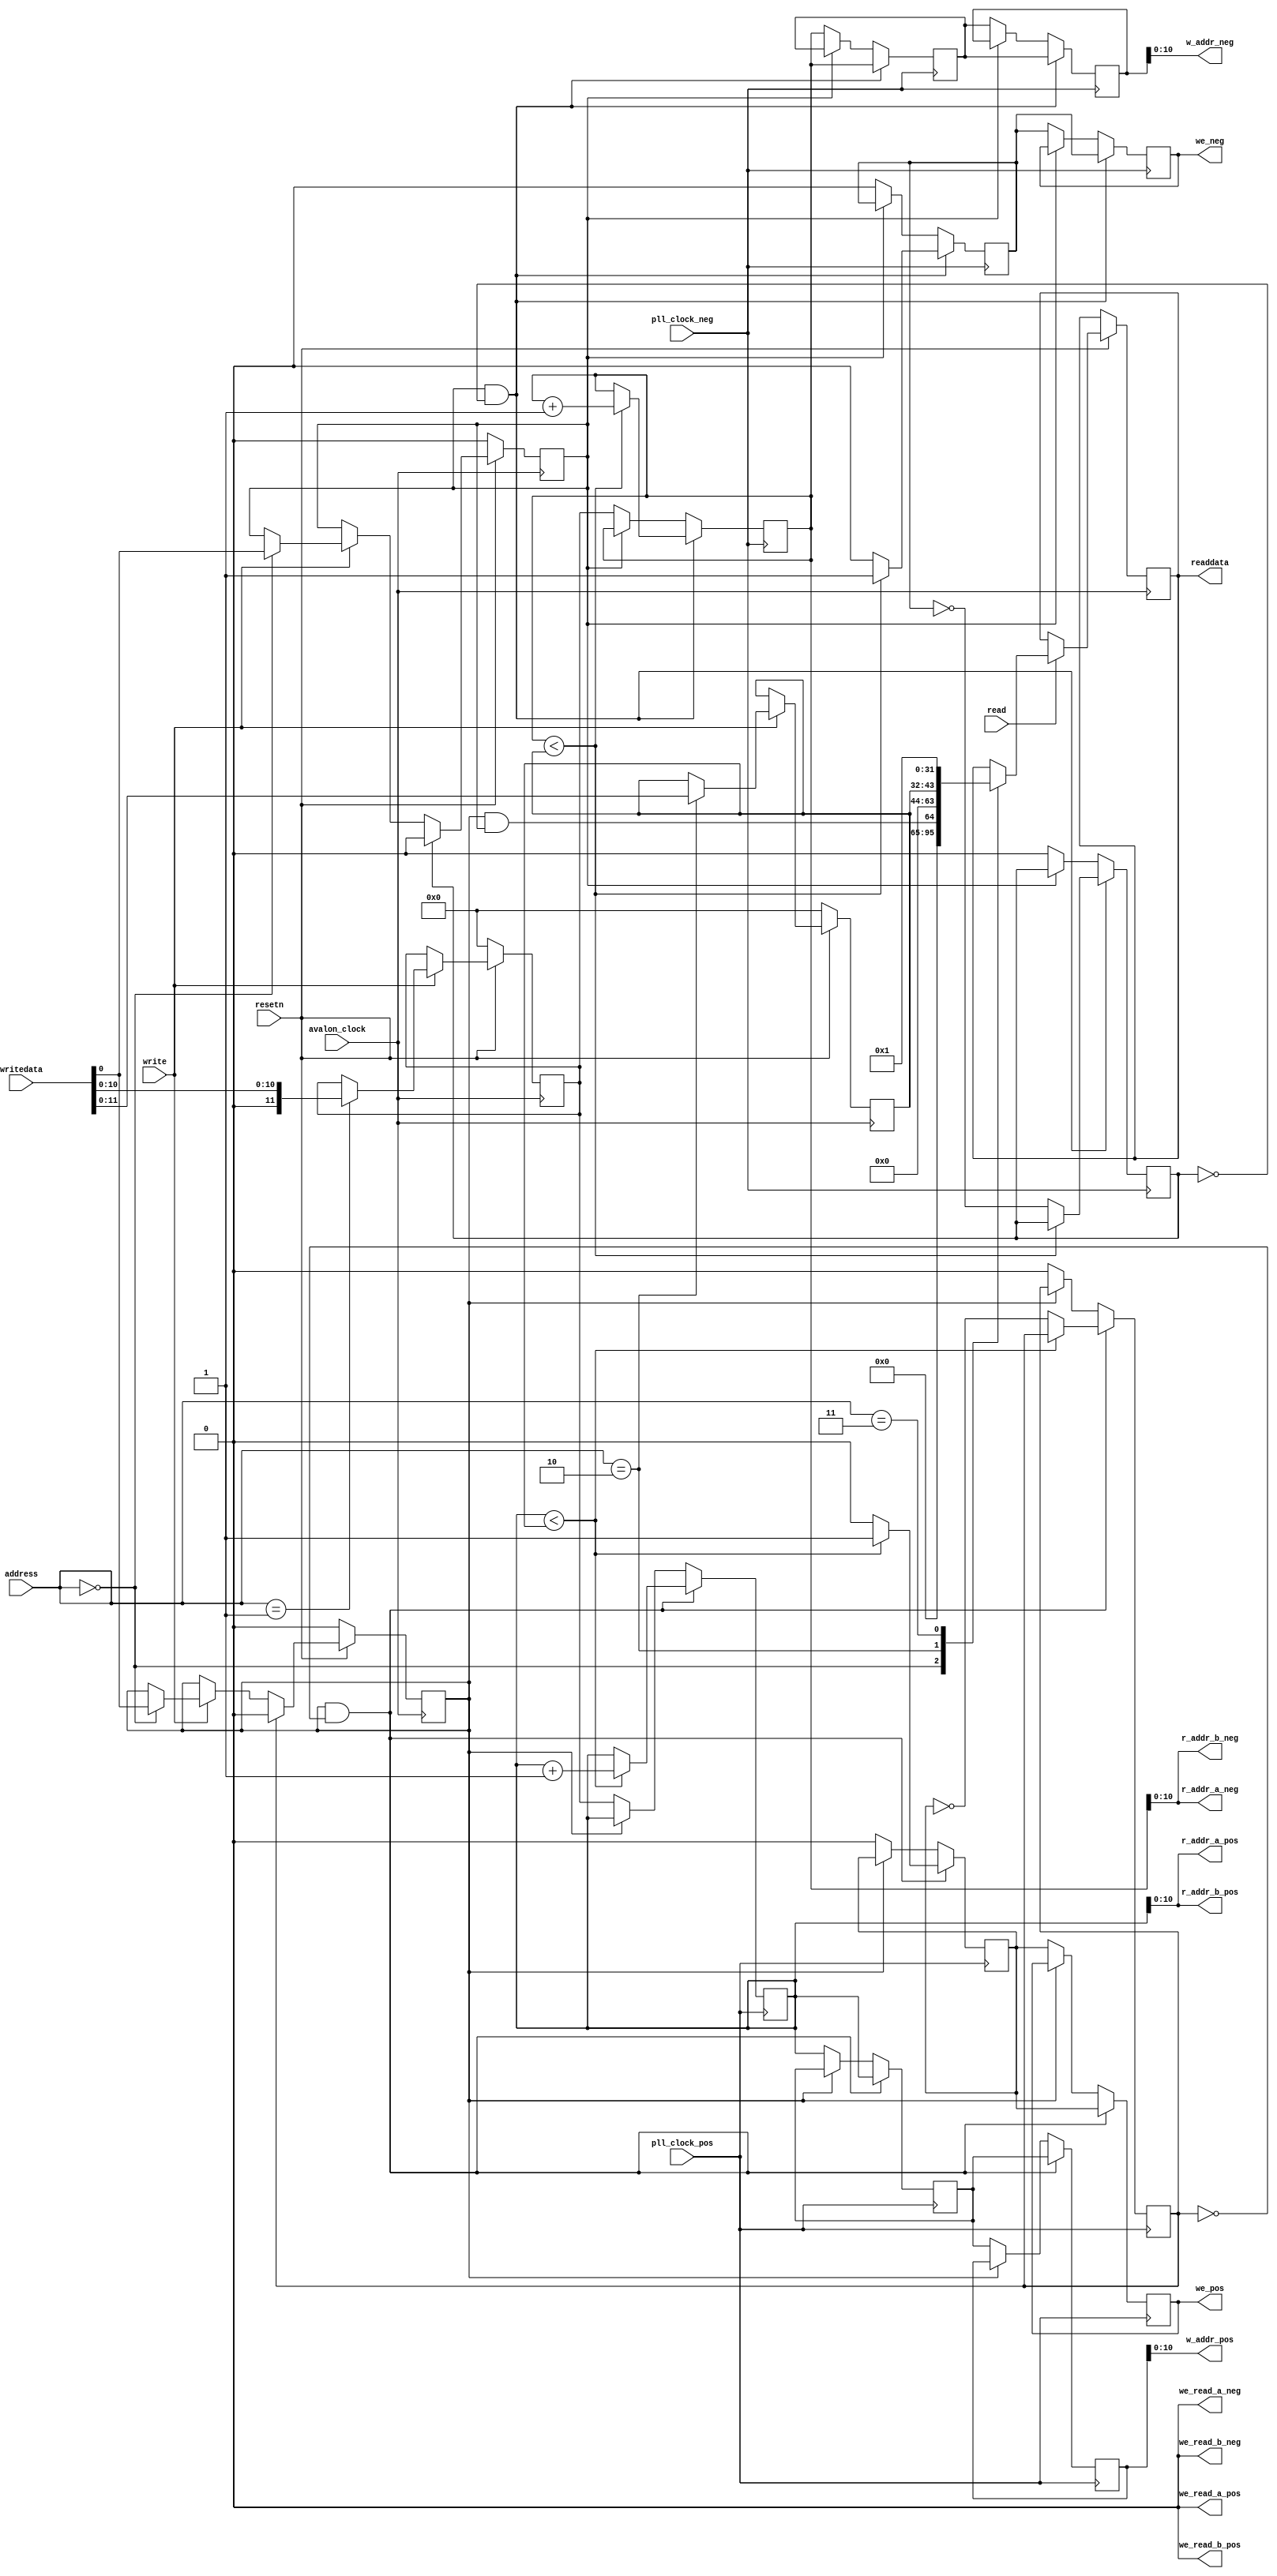
module testControlUnit (avalon_clock, pll_clock_pos, pll_clock_neg, resetn, writedata, readdata, write, read, address,
	r_addr_a_pos, r_addr_a_neg, r_addr_b_pos, r_addr_b_neg, w_addr_pos, w_addr_neg, we_pos, we_neg, we_read_a_pos, we_read_a_neg,
	we_read_b_pos, we_read_b_neg
	);

parameter ID = 1;
// signals for connecting to the Avalon fabric 
input avalon_clock, pll_clock_pos, pll_clock_neg, resetn, read, write;
input [2:0] address;
input [31:0] writedata;
output we_pos, we_neg, we_read_a_pos, we_read_a_neg, we_read_b_pos, we_read_b_neg;
output [10:0] r_addr_a_pos, r_addr_a_neg, r_addr_b_pos, r_addr_b_neg, w_addr_pos, w_addr_neg;
output [31:0] readdata;

reg [31:0] readdata;
reg [11:0] r_addr_pos_cnt, r_addr_neg_cnt, w_addr_pos_cnt, w_addr_neg_cnt, num, set_addr;
(* preserve="true" *) reg [11:0] w_addr_pos_delay, w_addr_neg_delay;
reg go_pos, go_neg, we_pos, we_neg, done_pos, done_neg;
(* preserve="true" *) reg we_pos_delay, we_neg_delay;
 

assign r_addr_a_pos = r_addr_pos_cnt[10:0];
assign r_addr_a_neg = r_addr_neg_cnt[10:0];
assign r_addr_b_pos = r_addr_a_pos;
assign r_addr_b_neg = r_addr_a_neg;

assign w_addr_pos = w_addr_pos_cnt[10:0];
assign w_addr_neg = w_addr_neg_cnt[10:0];

assign we_read_a_pos = 1'b0;
assign we_read_a_neg = 1'b0;
assign we_read_b_pos = we_read_a_pos;
assign we_read_b_neg = we_read_a_neg; 



always@(posedge avalon_clock) begin
	if(!resetn) begin
		go_pos <= 1'b0;
		go_neg <= 1'b0;
		set_addr <= 12'b0;
		num <= 12'b0;
	end
	else begin
		if(write) begin
			case(address)
				3'b000: begin
					go_pos <= writedata[0];
					go_neg <= writedata[0];
				end
				3'b001: begin
					set_addr <= {1'b0, writedata[10:0]};
				end
				3'b010: begin
					num <= writedata[11:0];
				end
				default: ;
			endcase
		end
		if(read) begin
			case(address)
				3'b000: readdata <= (go_pos & go_neg);
				3'b010: readdata <= num;
				3'b011: readdata <= ID;
				default: ;
			endcase
		end
		if(done_pos) go_pos <= 1'b0;
		if(done_neg) go_neg <= 1'b0;
	end
end

always@(posedge pll_clock_pos) begin
	if(go_pos && !done_pos) begin
		if(r_addr_pos_cnt<num) begin
			we_pos_delay <= 1'b1;
			we_pos <= we_pos_delay;

			r_addr_pos_cnt <= r_addr_pos_cnt+12'b1;
			w_addr_pos_delay <= r_addr_pos_cnt;
			w_addr_pos_cnt <= w_addr_pos_delay;
		end
		else begin
			we_pos_delay <= 1'b0;
			we_pos <= we_pos_delay;

			w_addr_pos_delay <= r_addr_pos_cnt;
			w_addr_pos_cnt <= w_addr_pos_delay;

			done_pos <= ~we_pos_delay;
		end
	end
	else if(!go_pos) begin
		we_pos_delay <= 1'b0;
		we_pos <= we_pos_delay;

		r_addr_pos_cnt <= set_addr;
		w_addr_pos_delay <= r_addr_pos_cnt;

		w_addr_pos_cnt <= w_addr_pos_delay;
		done_pos <= 1'b0;
	end
end

always@(posedge pll_clock_neg) begin
	if(go_neg && !done_neg) begin
		if(r_addr_neg_cnt<num) begin
			we_neg_delay <= 1'b1;
			we_neg <= we_neg_delay;

			r_addr_neg_cnt <= r_addr_neg_cnt+12'b1;
			w_addr_neg_delay <= r_addr_neg_cnt;
			w_addr_neg_cnt <= w_addr_neg_delay;
		end
		else begin
			we_neg_delay <= 1'b0;
			we_neg <= we_neg_delay;

			w_addr_neg_delay <= r_addr_neg_cnt;
			w_addr_neg_cnt <= w_addr_neg_delay;

			done_neg <= ~we_neg_delay;
		end
	end
	else if(!go_neg) begin
		we_neg_delay <= 1'b0;
		we_neg <= we_neg_delay;

		r_addr_neg_cnt <= set_addr;
		w_addr_neg_delay <= r_addr_neg_cnt;
		w_addr_neg_cnt <= w_addr_neg_delay;

		done_neg <= 1'b0;
	end
end

endmodule